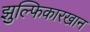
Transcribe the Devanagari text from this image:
झुल्फिकारखान